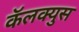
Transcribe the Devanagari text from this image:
कॅलक्युस